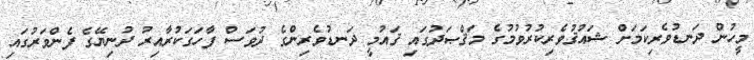
މީހުން ދަނޑުވެރިކަމަށް ޝައުޤުވެރިކުރުވުމުގެ މަޤްޞަދުގައި ޤައުމީ ދަނޑުވެރިންގެ ދުވަސް ފާހަގަކުރާއިރު ދުނިޔޭގެ ފެންވަރުގައި